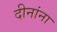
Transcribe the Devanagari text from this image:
दीनांना